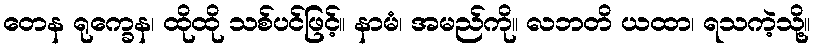
တေန ရုက္ခေန၊ ထိုထို သစ်ပင်ဖြင့်။ နာမံ၊ အမည်ကို။ လဘတိ ယထာ၊ ရသကဲ့သို့။